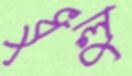
ধুলু